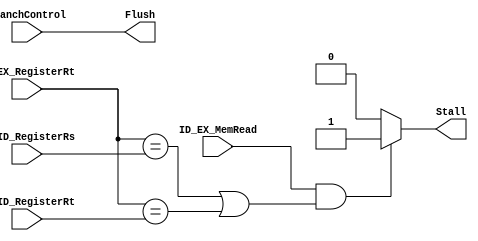
module HazardDetectionUnit(
	input BranchControl,
	input ID_EX_MemRead,
	input [4:0] ID_EX_RegisterRt,
	input [4:0] IF_ID_RegisterRs,
	input [4:0] IF_ID_RegisterRt,

	output reg Stall,
	output reg Flush
);

	always @(
		BranchControl,
		ID_EX_MemRead,
		ID_EX_RegisterRt,
		IF_ID_RegisterRs,
		IF_ID_RegisterRt
	) 
	begin
		if 
		(
			ID_EX_MemRead &&
			((ID_EX_RegisterRt == IF_ID_RegisterRs) || (ID_EX_RegisterRt == IF_ID_RegisterRt))
		) 
		begin
			Stall <= 1;
		end
		else
		begin
			Stall <= 0;
		end

		// Branch not taken
		// If the branch had to be taken flush the pipeline
		Flush <= BranchControl;
	end

endmodule // HazardDetectionUnit